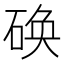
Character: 𮵔